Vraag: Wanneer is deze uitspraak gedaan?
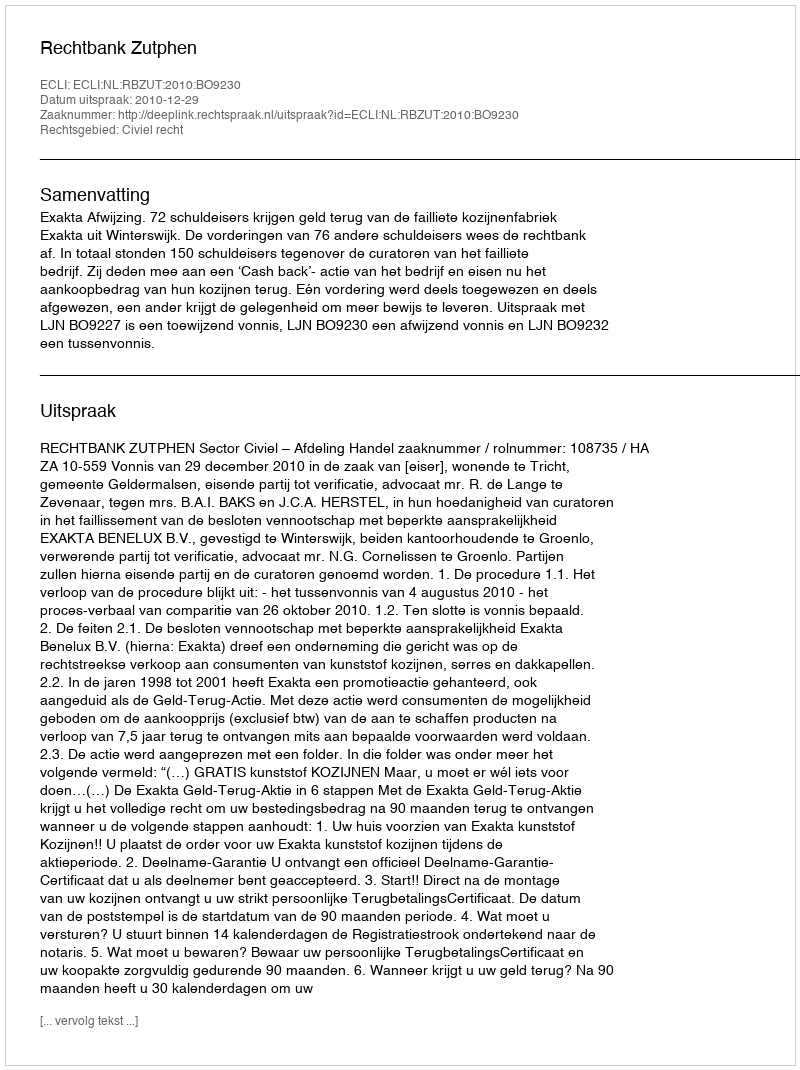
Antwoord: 2010-12-29